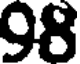
98